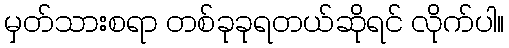
မှတ်သားစရာ တစ်ခုခုရတယ်ဆိုရင် လိုက်ပါ။